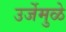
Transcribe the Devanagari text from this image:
उर्जेमुळे